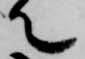
て